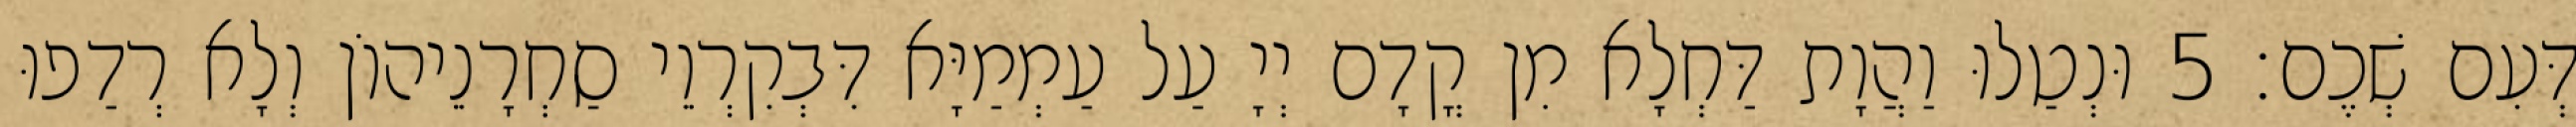
דְּעִם שְׁכֶם׃ 5 וּנְטַלוּ וַהֲוָת דַּחְלָא מִן קֳדָם יְיָ עַל עַמְמַיָּא דִּבְקִרְוֵי סַחְרָנֵיהוֹן וְלָא רְדַפוּ